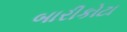
બારીકોટા